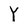
Character: Y